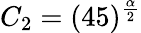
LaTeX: C_{2}=(45)^{\frac\alpha 2}